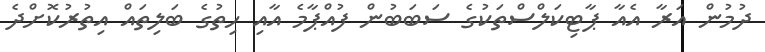
ދުމުން އަރާ އެއާ ޕާޓިކަލްސްތަކުގެ ސަބަބުން ފުއްޕާމެ އާއި ހިތުގެ ބަލިތައް އިތުރުކޮށްދެ